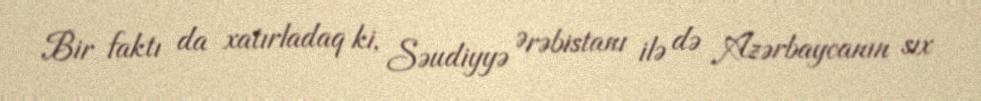
Bir faktı da xatırladaq ki, Səudiyyə Ərəbistanı ilə də Azərbaycanın sıx